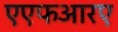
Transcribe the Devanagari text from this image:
एएफआरए